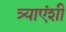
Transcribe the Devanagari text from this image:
त्र्याएंशी